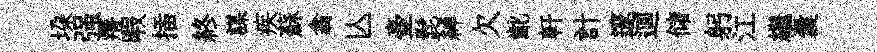
垜强瘠暇插終謀疾蘇翕亾壷髭綽欠齔軒計邃逥储躬江繼囊